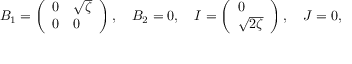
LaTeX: B _ { 1 } = \left( \begin{array} { l l } { { 0 } } & { { \sqrt { \zeta } } } \\ { { 0 } } & { { 0 } } \end{array} \right) , \quad B _ { 2 } = 0 , \quad I = \left( \begin{array} { l } { { 0 } } \\ { { \sqrt { 2 \zeta } } } \end{array} \right) , \quad J = 0 ,